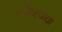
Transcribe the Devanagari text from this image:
ग्लोव्ह्जचा